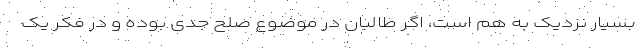
بسیار نزدیک به هم است، اگر طالبان در موضوع صلح جدی بوده و در فکر یک